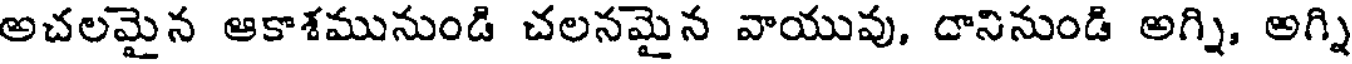
అచలమైన ఆకాశమునుండి చలనమైన వాయువు, దానినుండి అగ్ని, అగ్ని